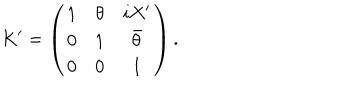
LaTeX: K ^ { \prime } = \left( \begin{array} { c c c } { { 1 } } & { { \theta } } & { { i X ^ { \prime } } } \\ { { 0 } } & { { 1 } } & { { \bar { \theta } } } \\ { { 0 } } & { { 0 } } & { { 1 } } \\ \end{array} \right) .